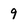
Character: 9